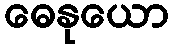
ဓေနုယော